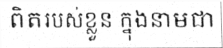
ពិតរបស់ខ្លួន ក្នុងនាមជា